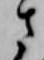
さ